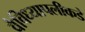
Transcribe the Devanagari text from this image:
वैविध्यापलीकडे